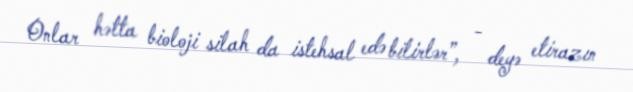
Onlar hətta bioloji silah da istehsal edə bilirlər”, - deyə etirazın